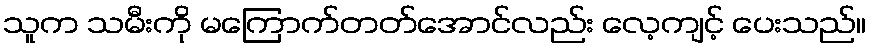
သူက သမီးကို မကြောက်တတ်အောင်လည်း လေ့ကျင့် ပေးသည်။